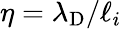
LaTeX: \eta=\lambda_{\mathrm{D}}/\ell_{i}